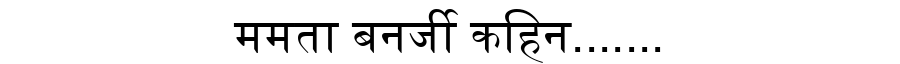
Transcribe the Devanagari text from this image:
ममता बनर्जी कहिन.......